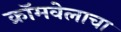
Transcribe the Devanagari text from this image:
क्रॉमवेलाचा